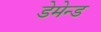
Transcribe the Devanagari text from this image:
डेमेन्ड